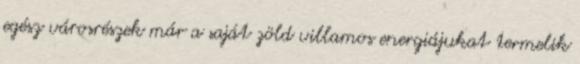
egész városrészek már a saját zöld villamos energiájukat termelik